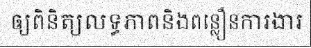
ឲ្យពិនិត្យលទ្ធភាពនិងពន្លឿនការងារ